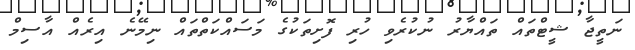
ނަތީޖާ ޝީޓްތައް ތައްޔާރު ނުކުރެވި ހުރި ފޮށިތަކުގެ މަސައްކަތްތައް ނިމޭނެ އިރެއް އާސިމް